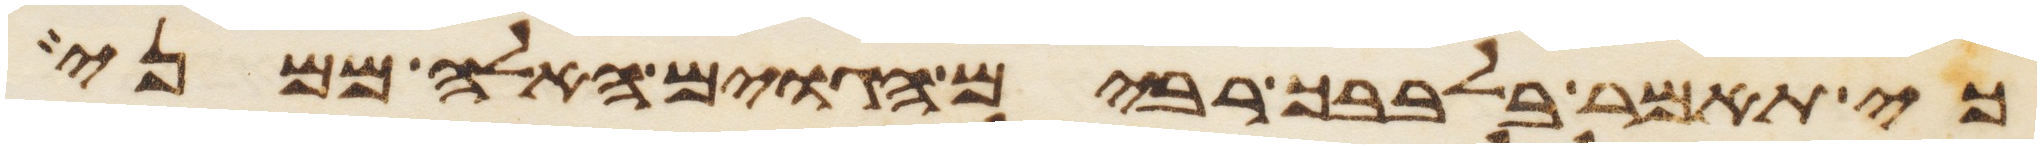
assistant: כי תאמר בלבבך רבים הגוים האלה ממני